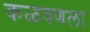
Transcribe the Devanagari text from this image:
कळवणला